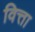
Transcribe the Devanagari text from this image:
वित्ता